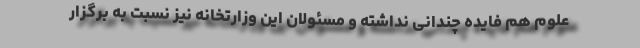
علوم هم فایده چندانی نداشته و مسئولان این وزارتخانه نیز نسبت به برگزار